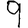
Digit: 9